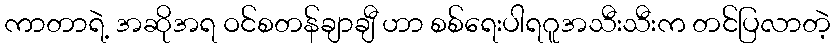
ကာတာရဲ့ အဆိုအရ ဝင်စတန်ချာချီ ဟာ စစ်ရေးပါရဂူအသီးသီးက တင်ပြလာတဲ့